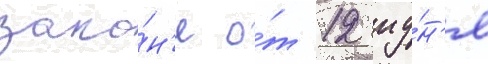
зако́н'е о́т 12 иу́н'я